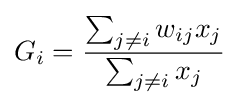
G_{i}={\frac {\sum _{j\neq i}w_{ij}x_{j}}{\sum _{j\neq i}x_{j}}}